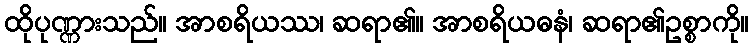
ထိုပုဏ္ဏားသည်။ အာစရိယဿ၊ ဆရာ၏။ အာစရိယဓနံ၊ ဆရာ၏ဥစ္စာကို။